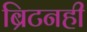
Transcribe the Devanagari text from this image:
ब्रिटनही